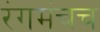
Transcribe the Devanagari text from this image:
रंगमंचच